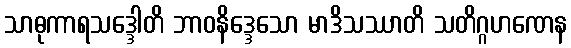
သာဓုကာရသဒ္ဒေါတိ ဘာဝနိဒ္ဒေသော မာဒိသဿာတိ သတိဂ္ဂဟဏေန